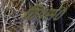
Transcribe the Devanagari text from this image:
वि०सं०